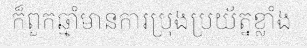
ក៏ពួកឆ្មាំមានការប្រុងប្រយ័ត្នខ្លាំង